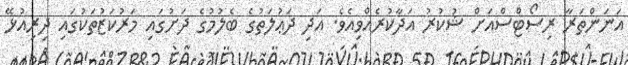
އަނަންތަރާ ރިސޯޓްސްއަށް ޝުކުރު އަދާކުރެއްވިއެވެ. އަދި ދަޢުލަތުގެ ބެލުމުގެ ދަށުގައި މަރުކަޒުތަކުގައި ދިރިއުޅޭ